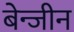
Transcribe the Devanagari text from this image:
बेन्जीन